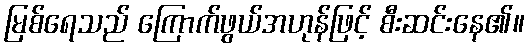
မြစ်ရေသည် ကြောက်ဖွယ်အဟုန်ဖြင့် စီးဆင်းနေ၏။